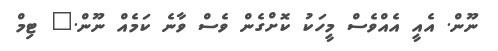
ނޫން. އެއީ އެއްވެސް މީހަކު ކޮށްގެން ވެސް ވާނެ ކަމެއް ނޫން." ޓިމް